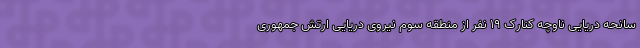
سانحه دریایی ناوچه کنارک ۱۹ نفر از منطقه سوم نیروی دریایی ارتش جمهوری